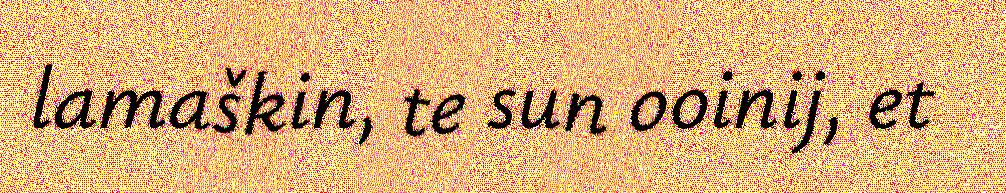
lamaškin, te sun ooinij, et